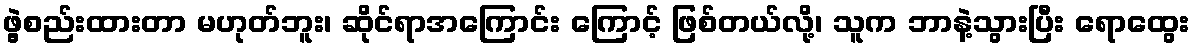
ဖွဲ့စည်းထားတာ မဟုတ်ဘူး၊ ဆိုင်ရာအကြောင်း ကြောင့် ဖြစ်တယ်လို့၊ သူက ဘာနဲ့သွားပြီး ရောထွေး